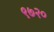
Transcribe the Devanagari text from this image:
९७२०